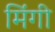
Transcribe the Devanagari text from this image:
मिंगी